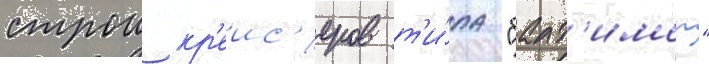
строи кр'еис'еров т'и́па "балт'имор"